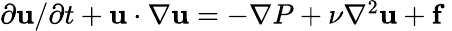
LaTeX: \begin{array}{r}{\partial{\mathbf{u}}/\partial t+{\mathbf{u}}\cdot\nabla{\mathbf{u}}=-\nabla P+\nu\nabla^{2}{\mathbf{u}}+\mathbf{f}\ }\end{array}